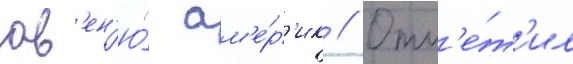
ав'ен'ю́ ам'е́р'ик // Отм'е́т'ил